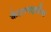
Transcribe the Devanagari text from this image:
कैटालाइटिक